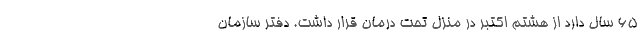
۶۵ سال دارد از هشتم اکتبر در منزل تحت درمان قرار داشت. دفتر سازمان